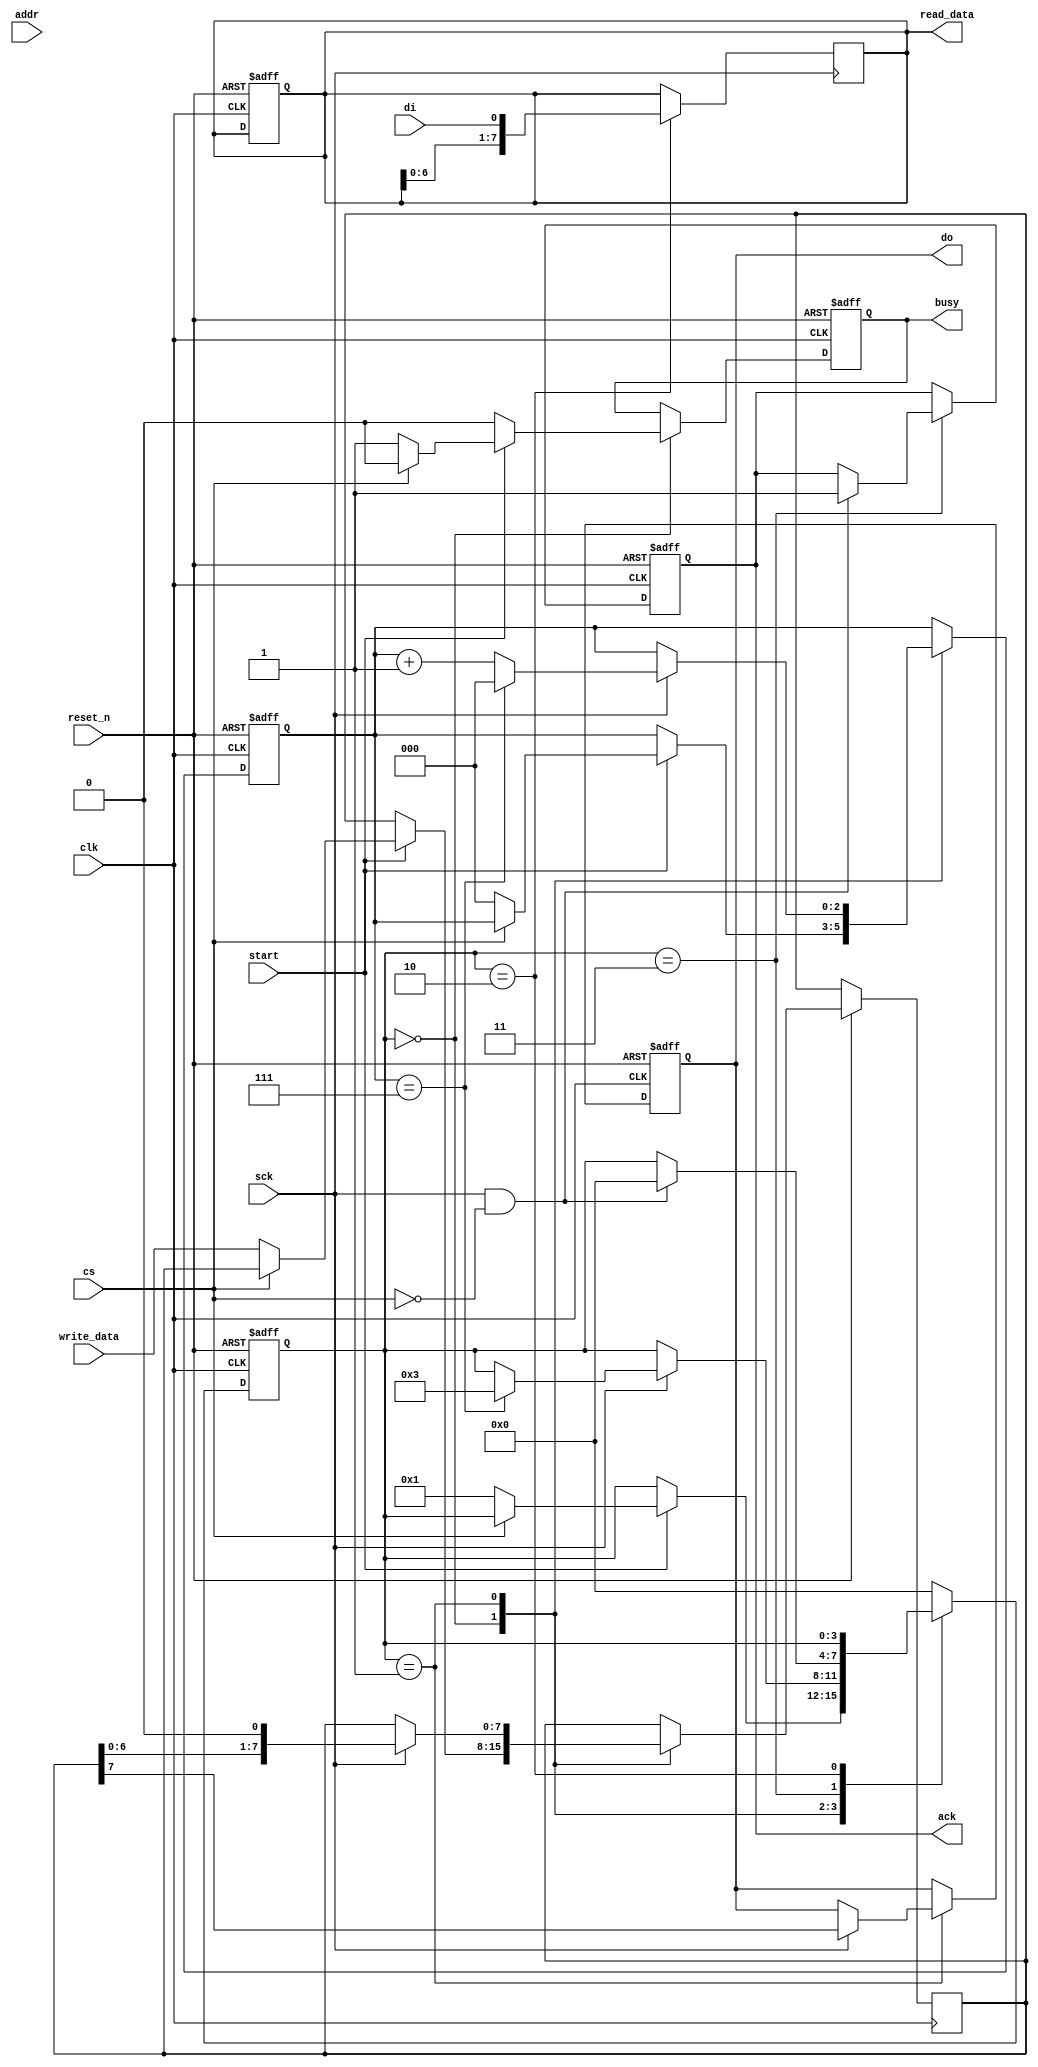
module SerialEEPROM (
    input wire clk,            // System clock
    input wire reset_n,        // Active low reset
    input wire cs,             // Chip Select (Active Low)
    input wire sck,            // Serial Clock
    input wire di,             // Data Input
    output reg do,             // Data Output (for read operation)
    output reg ack,            // Acknowledge signal (for I2C) - Optional
    input wire start,          // Start signal to begin operation
    input wire [7:0] addr,     // Address for read/write operations
    input wire [7:0] write_data,// Data to write
    output reg [7:0] read_data, // Data read from EEPROM
    output reg busy            // Busy signal during operation
);
    
    reg [3:0] state;           // State for state machine
    reg [7:0] shift_reg;       // Shift register for data
    reg [2:0] bit_count;       // Bit counter
    localparam IDLE      = 4'd0;
    localparam WRITE     = 4'd1;
    localparam READ      = 4'd2;
    localparam ACK       = 4'd3;

    // State machine
    always @(posedge clk or negedge reset_n) begin
        if (!reset_n) begin
            state <= IDLE;
            busy <= 1'b0;
            bit_count <= 3'd0;
            do <= 1'b1; // Release data line
            read_data <= 8'd0;
            ack <= 1'b0;
        end else begin
            case (state)
                IDLE: begin
                    busy <= 1'b0;
                    if (start) begin
                        if (cs == 1'b0) begin
                            state <= WRITE; // Can extend to READ if needed
                            shift_reg <= {addr, write_data};
                            bit_count <= 3'd0;
                            busy <= 1'b1;
                        end
                    end
                end
                WRITE: begin
                    if (sck) begin // Data is valid on rising edge of SCK
                        do <= shift_reg[7];
                        shift_reg <= {shift_reg[6:0], 1'b0}; // Shift left
                        bit_count <= bit_count + 1;
                        if (bit_count == 3'd7) begin
                            state <= ACK; // Move to ACK state after 8 bits
                            bit_count <= 3'd0;
                        end
                    end
                end
                ACK: begin
                    if (sck && cs == 1'b0) begin // Wait for ACK from EEPROM
                        ack <= 1'b1; // Indicate Acknowledgement
                        state <= IDLE; // Go back to IDLE
                    end
                end
                READ: begin
                    // Similar implementation as WRITE but handling read data
                    // This part can be expanded based on application requirements
                end
                default: state <= IDLE;
            endcase
        end
    end
    
    // Simulate reading from EEPROM (not real EEPROM interaction)
    always @(posedge sck) begin
        if (state == READ) begin
            // Assuming we read data from EEPROM into read_data
            // Normally this would involve actual EEPROM interaction
            read_data <= {read_data[6:0], di}; // Shift in data from DI line
        end
    end
    
    // Data integrity and timing may be implemented as necessary

endmodule